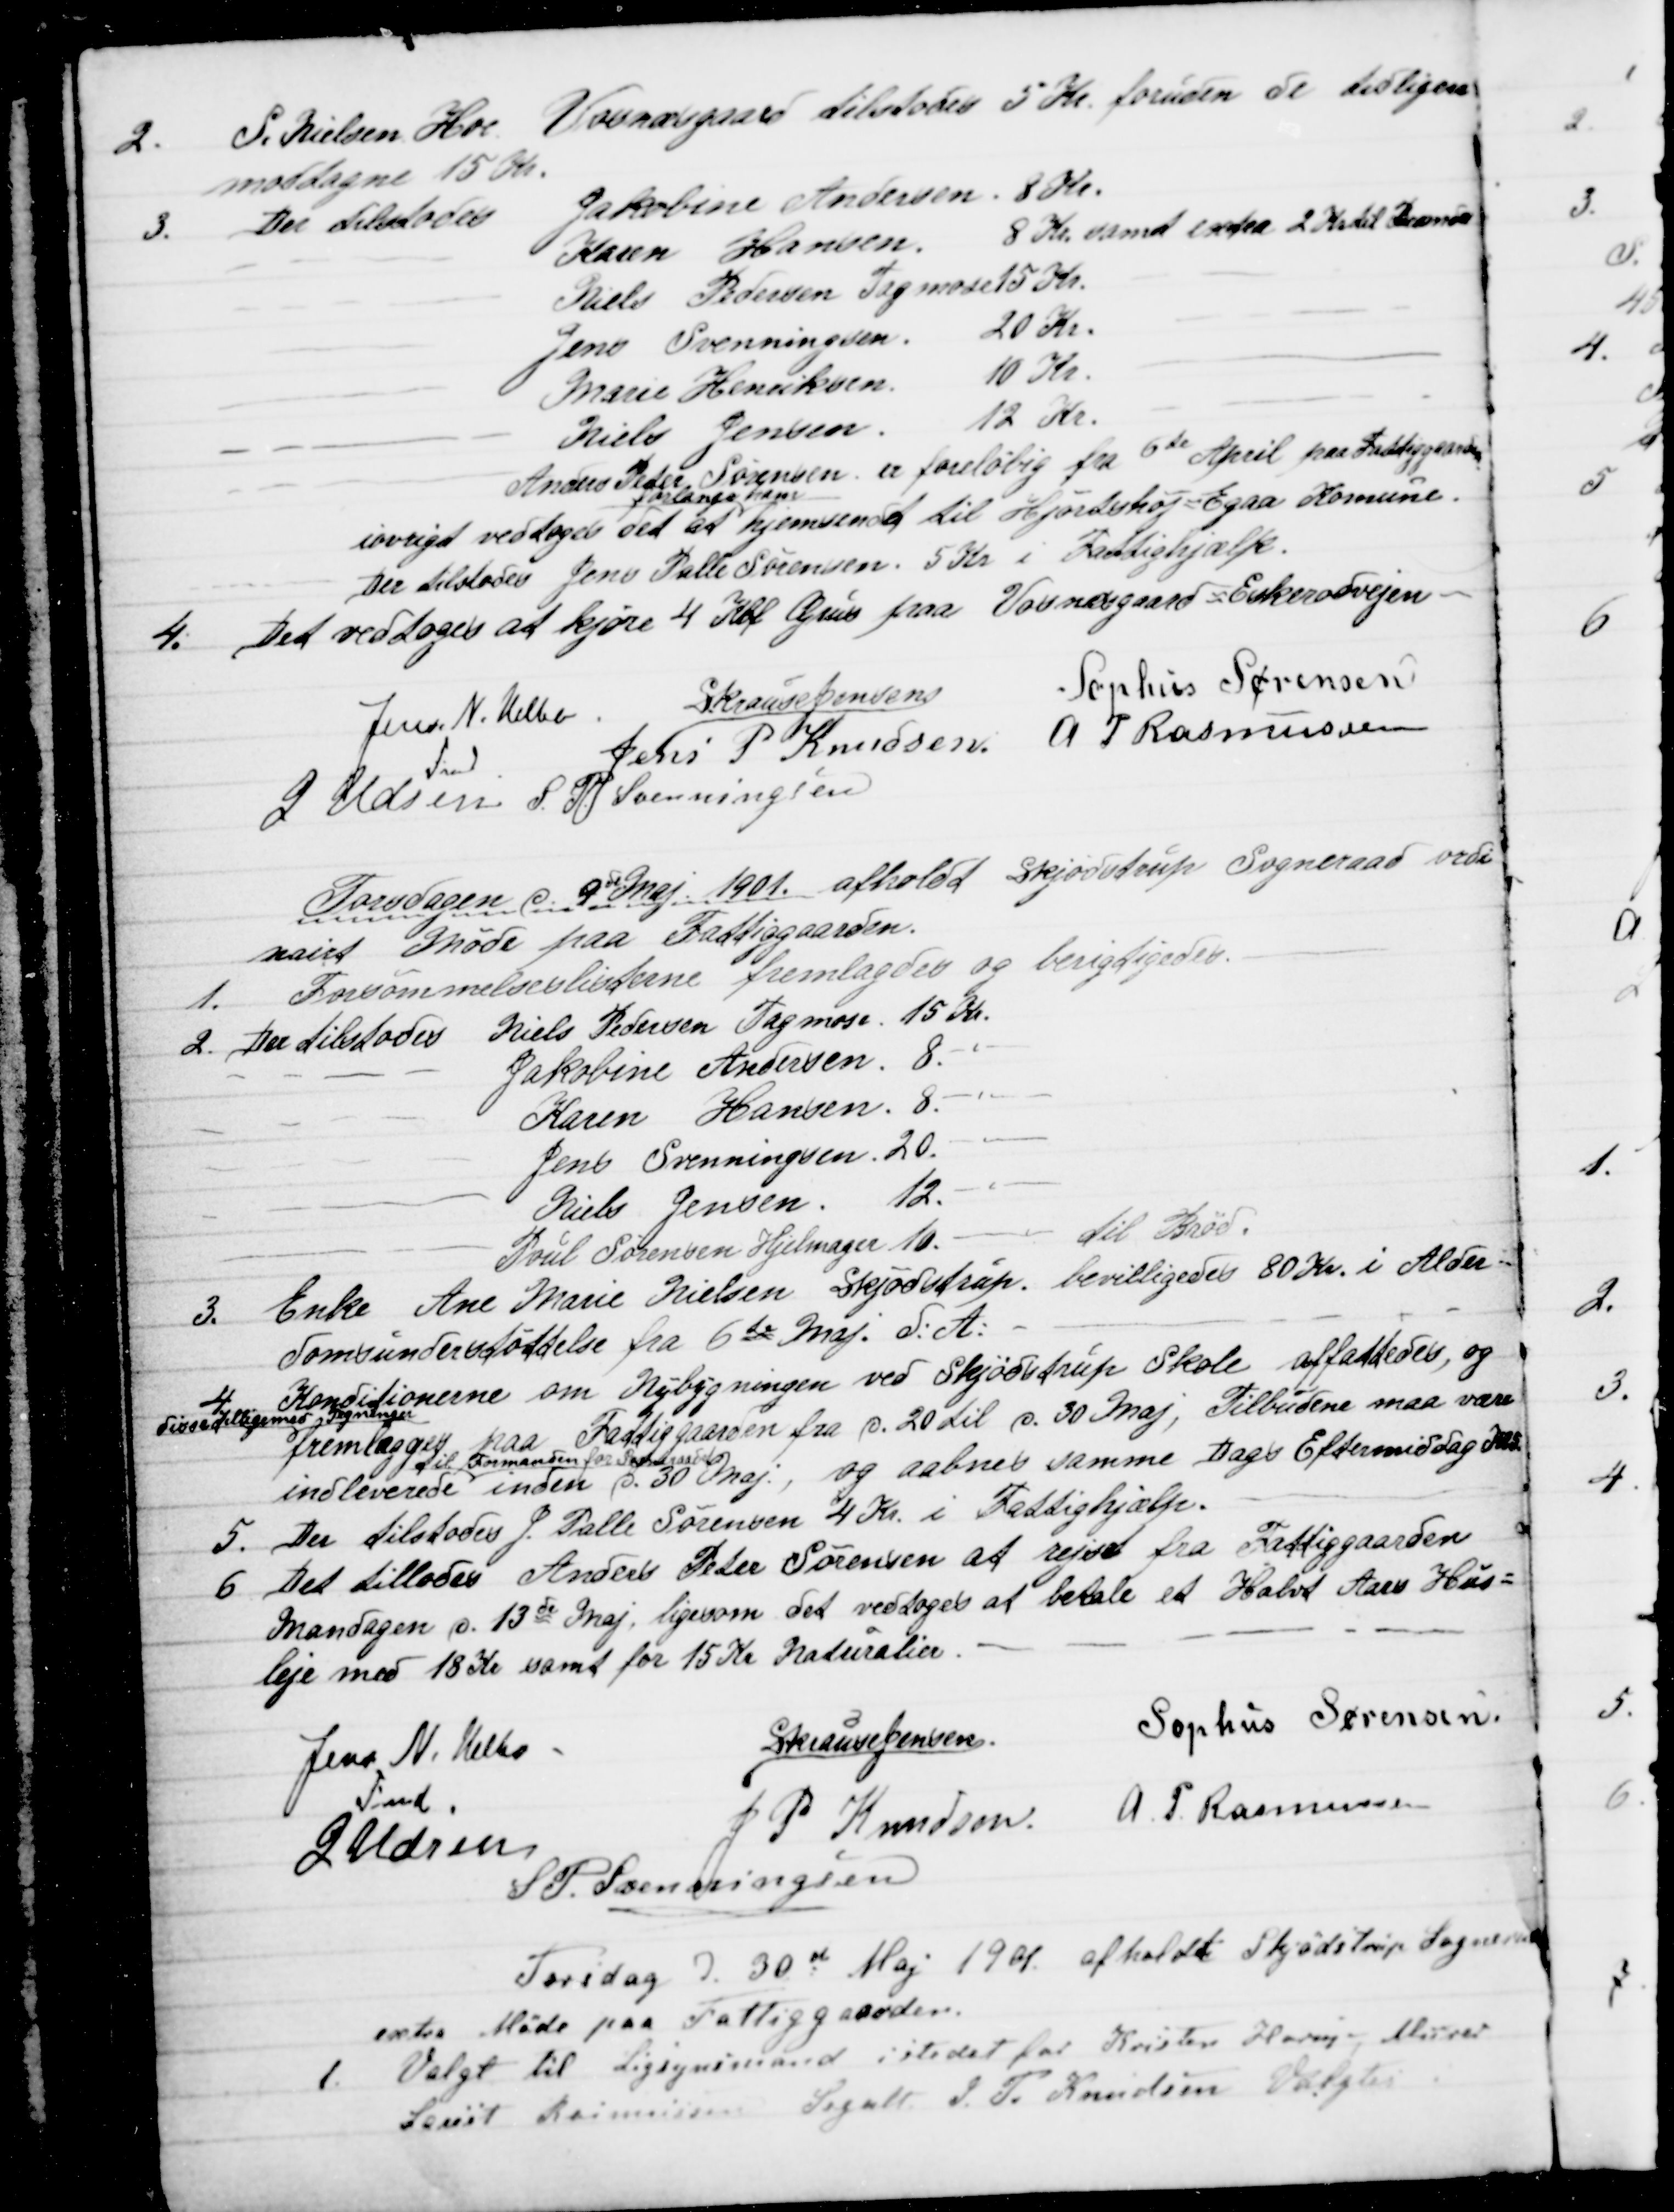
Transskription:
2. S. Nielsen Hoe Vosnæsgaard tilstodes 5 Kr foruden de tidligere
modtagne 15 Kr.
3. Der tilstodes Jakobine Andersen. 8 Kr.
Karen Hansen. 8 Kr. samt extra 2 Kr. til Brænde
Niels Pedersen Tagmose 15 Kr.
Jens Svenningsen. 20 Kr.
Marie Henriksen 10 Kr.
Niels Jensen 12 Kr.
Anders Peder Sørensen er foreløbig fra 6te April paa Fattiggaarden
iøvrigt vedtoges det at 
forlange ham
hjemsendt til Hjortshøj - Egaa Komune.
Der tilstodes Jens Palle Sørensen 5 Kr. i Fattighjælp. 
4. Det vedtoges at kjøre 4 Kbf Grus paa Vosnæsgaard=Eskerodvejen
Jens N. Helbo
Fmd
S Krause Jensen
Sophus Sørensen
Jens P Knudsen
A P Rasmussen
J Udsen
S P Svenningsen

Torsdagen d 9de Maj 1901 afholdt Skjødstrup Sogneraad ordi
nairt Møde paa Fattiggaarden.
1. Forsømmelseslisterne fremlagdes og berigtigedes.
2. Der tilstodes Niels Pedersen Tagmose 15 Kr.
Jakobine Andersen 8. "
Karen Hansen 8. "
Jens Svenningsen 20. "
Niels Jensen 12. "
Poul Sørensen Hjelmager 10. " til Brød
3. Enke Ane Marie Nielsen Skjødstrup bevilgedes 80 Kr. i Alder=
domsunderstøttelse fra 6te Maj S: A:
4.
Konditionerne om Nybygningen ved Skjødstrup Skole affattedes, og
disse tilligemed Tegninger
fremlægges paa Fattiggaarden fra d. 20 til d. 30 Maj, Tilbuddene maa være
indleverede 
til Formanden for Sogneraadet
inden d. 30 Maj. , og aabnes samme Dags Eftermiddag Kl 5.
5. Der tilstodes J. Palle Sørensen 4 Kr. i Fattighjælp.
6. Det tillodes Anders Peter Sørensen at rejse fra Fattiggaarden
Mandagen d. 13de Maj. ligesom det vedtoges at betale et Halvt Aars Hus=
leje med 18 Kr. samt for 15 Kr Naturalier.
Jens N Helbo
Fmd
S. Krause Jensen
Sophus Sørensen
J Udsen
J P Knudsen.
A. P. Rasmussen
S. P. Svenningsen

Torsdag d. 30te Maj 1901 afholdt Sogneraadet
extra Møde paa Fattiggaarden.
1. Valgt til Ligsynsmand istedet for Kristen Horup, Murer
Laust Rasmussen Segalt. I. P. Knudsen Valgtes.